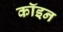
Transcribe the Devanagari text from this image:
कॉइन